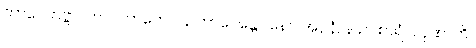
ဘာဝေတဗ္ဗာ။ ကာလကတေ ပန ဘာဝေန္တော နေဝ အပ္ပနံ, န ဥပစာရံ ပါပုဏာတိ။